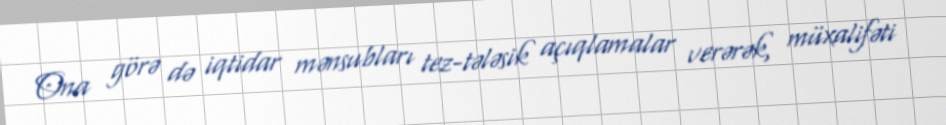
Ona görə də iqtidar mənsubları tez-tələsik açıqlamalar verərək, müxalifəti